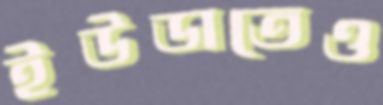
ইউডাতেও